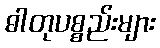
ဓါတုပစ္စည်းများ